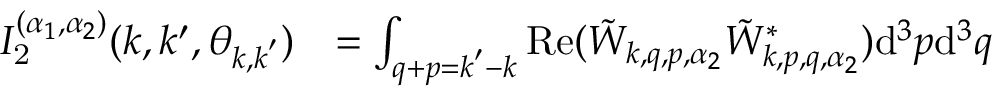
\begin{array} { r l } { I _ { \mathrm { 2 } } ^ { ( \alpha _ { 1 } , \alpha _ { 2 } ) } ( k , k ^ { \prime } , \theta _ { \boldsymbol { k } , \boldsymbol { k } ^ { \prime } } ) } & { = \int _ { \boldsymbol { q } + \boldsymbol { p } = \boldsymbol { k } ^ { \prime } - \boldsymbol { k } } \mathrm { R e } ( \tilde { W } _ { \boldsymbol { k } , \boldsymbol { q } , \boldsymbol { p } , \alpha _ { 2 } } \tilde { W } _ { \boldsymbol { k } , \boldsymbol { p } , \boldsymbol { q } , \alpha _ { 2 } } ^ { * } ) \mathrm { d } ^ { 3 } \boldsymbol { p } \mathrm { d } ^ { 3 } \boldsymbol { q } } \end{array}